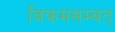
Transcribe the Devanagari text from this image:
विक्रमसम्वत्